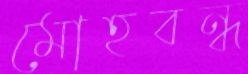
মোহবন্ধ